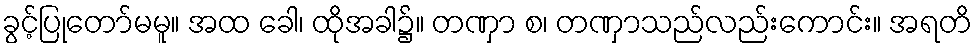
ခွင့်ပြုတော်မမူ။ အထ ခေါ၊ ထိုအခါ၌။ တဏှာ စ၊ တဏှာသည်လည်းကောင်း။ အရတိ